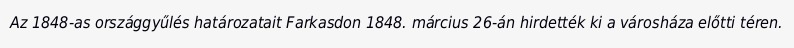
Az 1848-as országgyűlés határozatait Farkasdon 1848. március 26-án hirdették ki a városháza előtti téren.